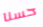
حسنا